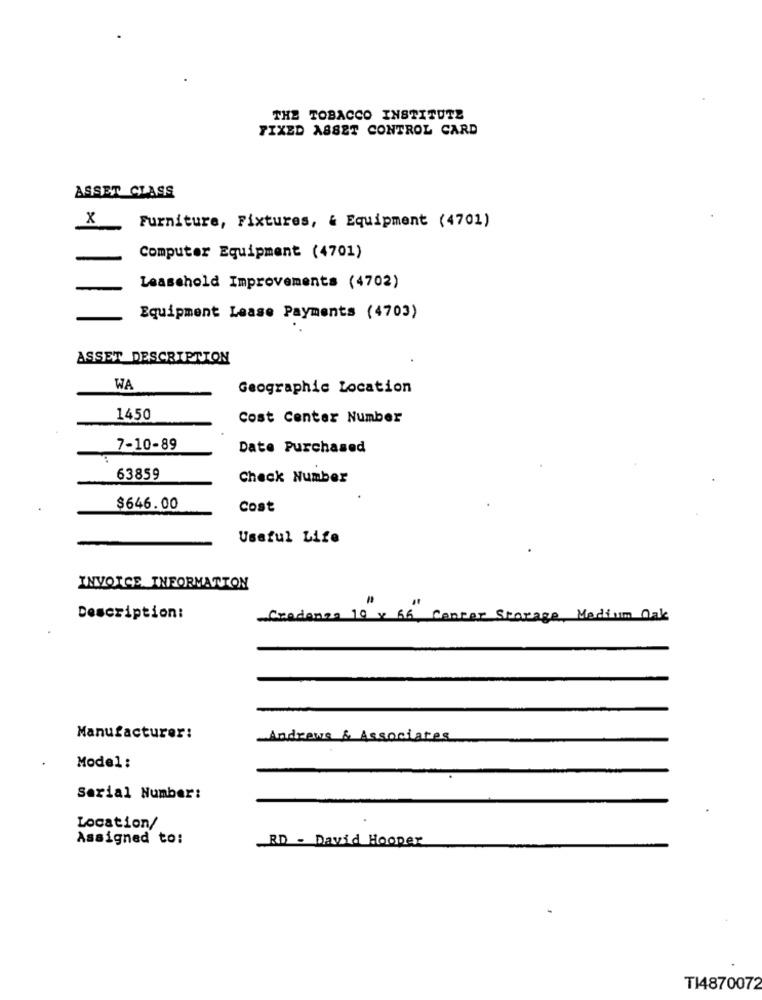
THE TOBACCO INSTITUTE
FIXED ASSET CONTROL CARD
ASSET CLASS
X
Furniture, Fixtures, & Equipment (4701)
-
Computer Equipment (4701)
Leasehold Improvements (4702)
Equipment Lease Payments (4703)
ASSET DESCRIPTION
WA
Geographic Location
1450
Cost Center Number
7-10-89
Date Purchased
63859
Check Number
$646.00
Cost
Useful Life
INVOICE INFORMATION
Description:
Credenza 10 x 66, Center Storage, Medium Oak
Manufacturer:
Andrews & Associates
Model:
Serial Number:
Location/
Assigned to:
RD - David Hooper
TI4870072